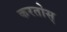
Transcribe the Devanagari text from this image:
करतोस्